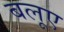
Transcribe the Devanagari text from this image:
बलूए